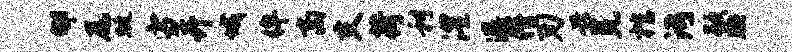
郇尾蜓雪卉城侔商支荷利澧瀑僭刃兴冕棺污歇腆